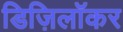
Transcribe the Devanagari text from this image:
डिज़िलॉकर